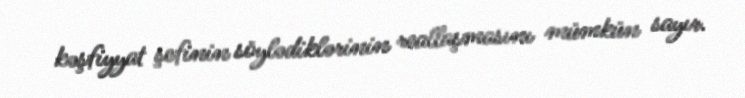
kəşfiyyat şefinin söylədiklərinin reallaşmasını mümkün sayır.